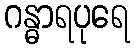
ဂန္ဓာရပုရေ